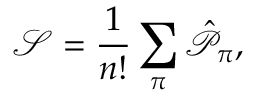
\mathcal { S } = \frac { 1 } { n ! } \sum _ { \pi } \hat { \mathscr { P } } _ { \pi } ,